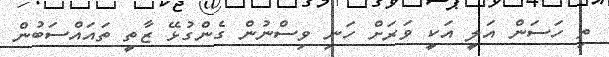
ތި ހަސަން އަލީ އަކީ ވަރަށް ހަނި ވިސްނުން ގެންގުޅޭ ޒާތީ ތައައްސަބުން